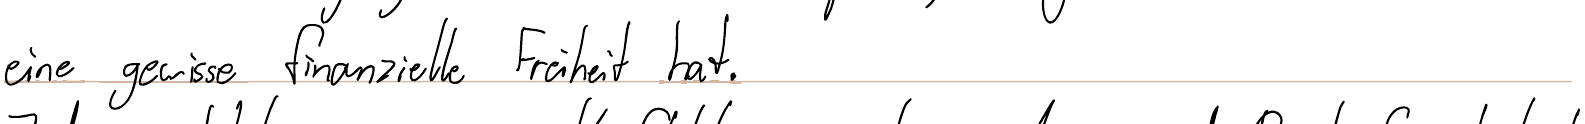
eine gewisse finanzielle Freiheit hat.